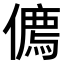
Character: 𠏰